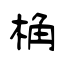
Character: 桷